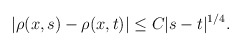
\begin{align*}|\rho(x,s)-\rho(x,t)|\leq C|s-t|^{1/4}.\end{align*}